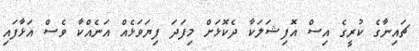
ޗައިނާގެ ކުރީގެ އިސް އޮފިޝަލަކާ ދެކޮޅަށް މިފަދަ ފިޔަވަޅެއް އަނެއްކާ ވެސް އަޅާފައި